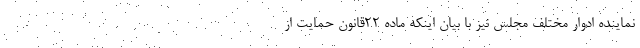
نماینده ادوار مختلف مجلس نیز با بیان اینکه ماده ۲۲قانون حمایت از